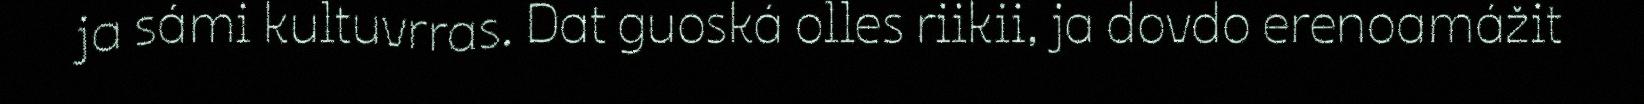
ja sámi kultuvrras. Dat guoská olles riikii, ja dovdo erenoamážit